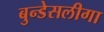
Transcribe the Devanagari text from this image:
बुन्डेसलीगा